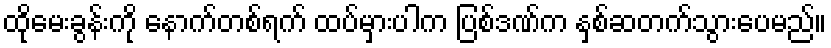
ထိုမေးခွန်းကို နောက်တစ်ရက် ထပ်မှားပါက ပြစ်ဒဏ်က နှစ်ဆတက်သွားပေမည်။